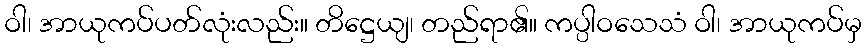
ဝါ၊ အာယုကပ်ပတ်လုံးလည်း။ တိဋ္ဌေယျ၊ တည်ရာ၏။ ကပ္ပါဝသေသံ ဝါ၊ အာယုကပ်မှ